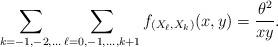
LaTeX: \begin{align*}\sum_{k=-1,-2,\dots} \sum_{\ell = 0, -1, \dots , k+1} f_{(X_\ell , X_k)} (x,y)&= \frac{\theta^2}{xy}.\end{align*}